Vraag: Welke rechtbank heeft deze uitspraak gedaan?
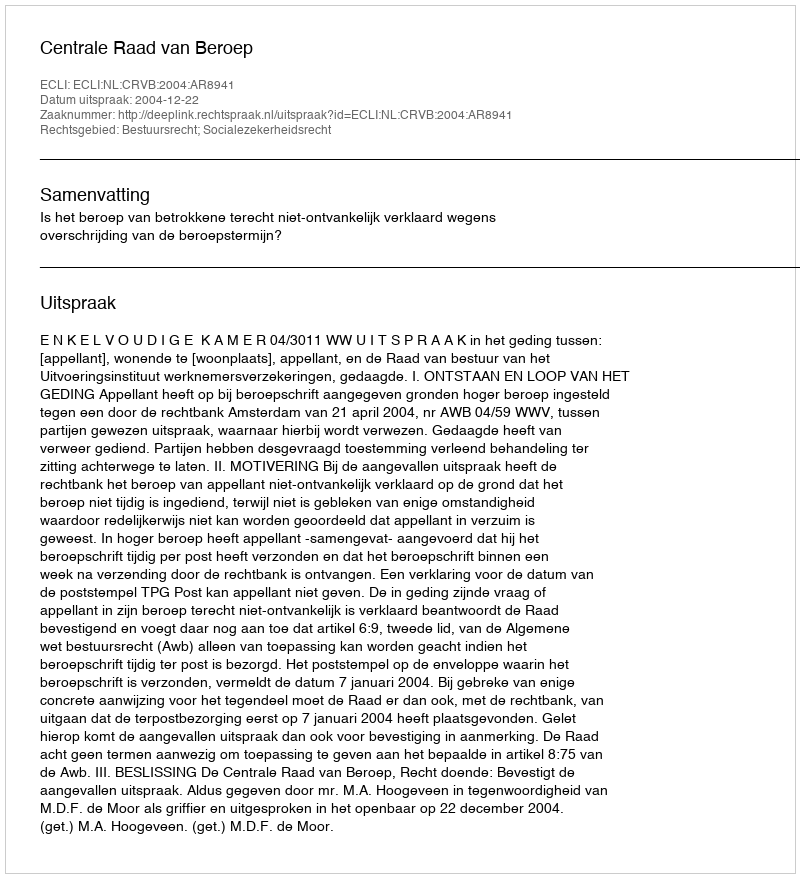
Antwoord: Centrale Raad van Beroep